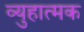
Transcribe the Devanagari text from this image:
व्युहात्मक